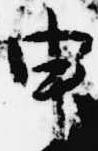
申